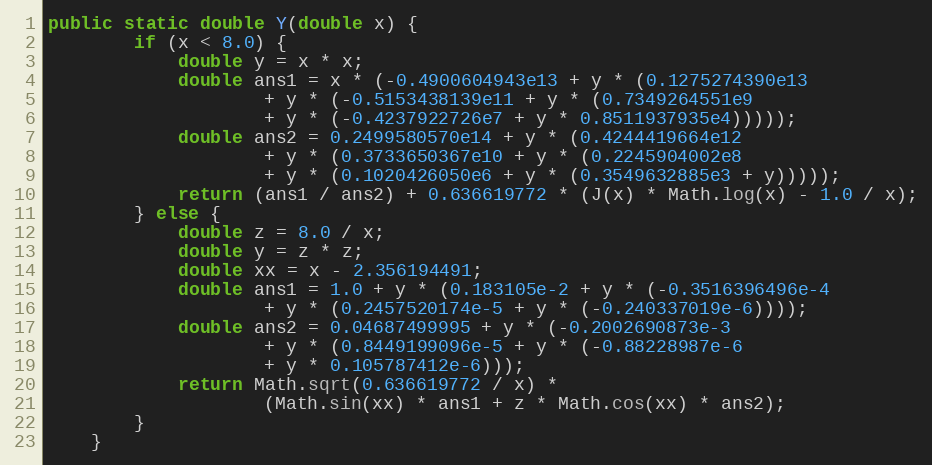
Language: Java
public static double Y(double x) {
        if (x < 8.0) {
            double y = x * x;
            double ans1 = x * (-0.4900604943e13 + y * (0.1275274390e13
                    + y * (-0.5153438139e11 + y * (0.7349264551e9
                    + y * (-0.4237922726e7 + y * 0.8511937935e4)))));
            double ans2 = 0.2499580570e14 + y * (0.4244419664e12
                    + y * (0.3733650367e10 + y * (0.2245904002e8
                    + y * (0.1020426050e6 + y * (0.3549632885e3 + y)))));
            return (ans1 / ans2) + 0.636619772 * (J(x) * Math.log(x) - 1.0 / x);
        } else {
            double z = 8.0 / x;
            double y = z * z;
            double xx = x - 2.356194491;
            double ans1 = 1.0 + y * (0.183105e-2 + y * (-0.3516396496e-4
                    + y * (0.2457520174e-5 + y * (-0.240337019e-6))));
            double ans2 = 0.04687499995 + y * (-0.2002690873e-3
                    + y * (0.8449199096e-5 + y * (-0.88228987e-6
                    + y * 0.105787412e-6)));
            return Math.sqrt(0.636619772 / x) *
                    (Math.sin(xx) * ans1 + z * Math.cos(xx) * ans2);
        }
    }